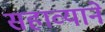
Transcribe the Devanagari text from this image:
सहाव्याने